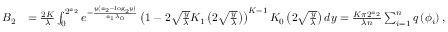
\begin{array} { r l } { B _ { 2 } } & { = \frac { 2 K } { \lambda } \int _ { 0 } ^ { 2 ^ { a _ { 2 } } } e ^ { - \frac { y \left( a _ { 2 } - \mathrm { l o g } _ { 2 } y \right) } { a _ { 1 } \lambda _ { 0 } } } \left( 1 - 2 \sqrt { \frac { y } { \lambda } } K _ { 1 } \left( 2 \sqrt { \frac { y } { \lambda } } \right) \right) ^ { K - 1 } K _ { 0 } \left( 2 \sqrt { \frac { y } { \lambda } } \right) d y = \frac { K \pi 2 ^ { a _ { 2 } } } { \lambda n } \sum _ { i = 1 } ^ { n } q \left( \phi _ { i } \right) , } \end{array}